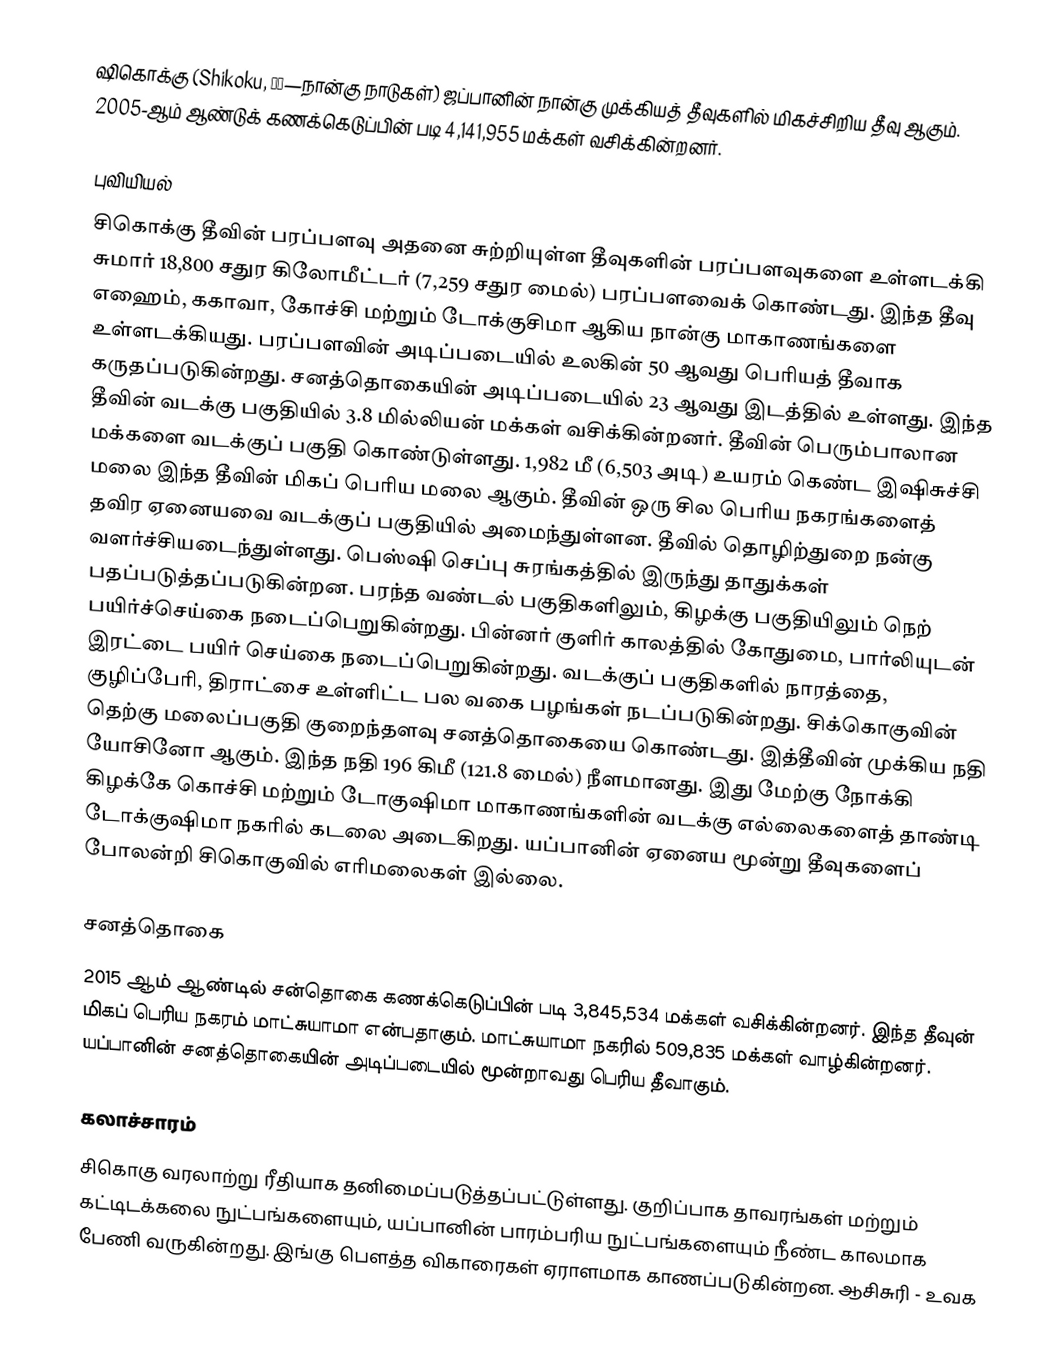
ஷிகொக்கு (Shikoku, 四国—நான்கு நாடுகள்) ஜப்பானின் நான்கு முக்கியத் தீவுகளில் மிகச்சிறிய தீவு ஆகும். 2005-ஆம் ஆண்டுக் கணக்கெடுப்பின் படி 4,141,955 மக்கள் வசிக்கின்றனர்.

புவியியல்
சிகொக்கு தீவின் பரப்பளவு  அதனை சுற்றியுள்ள தீவுகளின் பரப்பளவுகளை உள்ளடக்கி சுமார் 18,800 சதுர கிலோமீட்டர் (7,259 சதுர மைல்) பரப்பளவைக் கொண்டது. இந்த தீவு எஹைம், ககாவா, கோச்சி மற்றும் டோக்குசிமா ஆகிய நான்கு மாகாணங்களை உள்ளடக்கியது. பரப்பளவின் அடிப்படையில் உலகின் 50 ஆவது பெரியத் தீவாக கருதப்படுகின்றது. சனத்தொகையின் அடிப்படையில் 23 ஆவது இடத்தில் உள்ளது. இந்த தீவின் வடக்கு பகுதியில் 3.8 மில்லியன் மக்கள் வசிக்கின்றனர். தீவின் பெரும்பாலான மக்களை வடக்குப் பகுதி கொண்டுள்ளது. 1,982 மீ (6,503 அடி) உயரம் கெண்ட இஷிசுச்சி மலை இந்த தீவின் மிகப் பெரிய மலை ஆகும். தீவின் ஒரு சில பெரிய நகரங்களைத் தவிர ஏனையவை வடக்குப் பகுதியில் அமைந்துள்ளன. தீவில் தொழிற்துறை நன்கு வளர்ச்சியடைந்துள்ளது. பெஸ்ஷி செப்பு சுரங்கத்தில் இருந்து தாதுக்கள் பதப்படுத்தப்படுகின்றன. பரந்த வண்டல் பகுதிகளிலும், கிழக்கு பகுதியிலும் நெற் பயிர்ச்செய்கை நடைப்பெறுகின்றது. பின்னர் குளிர் காலத்தில் கோதுமை, பார்லியுடன் இரட்டை பயிர் செய்கை நடைப்பெறுகின்றது. வடக்குப் பகுதிகளில் நாரத்தை, குழிப்பேரி, திராட்சை உள்ளிட்ட பல வகை பழங்கள் நடப்படுகின்றது. சிக்கொகுவின் தெற்கு மலைப்பகுதி குறைந்தளவு சனத்தொகையை கொண்டது. இத்தீவின் முக்கிய நதி யோசினோ ஆகும். இந்த நதி 196 கிமீ (121.8 மைல்) நீளமானது. இது மேற்கு நோக்கி கிழக்கே கொச்சி மற்றும் டோகுஷிமா மாகாணங்களின் வடக்கு எல்லைகளைத் தாண்டி டோக்குஷிமா நகரில் கடலை அடைகிறது. யப்பானின் ஏனைய மூன்று தீவுகளைப் போலன்றி சிகொகுவில் எரிமலைகள் இல்லை.

சனத்தொகை
2015 ஆம் ஆண்டில் சன்தொகை கணக்கெடுப்பின் படி 3,845,534 மக்கள் வசிக்கின்றனர். இந்த தீவுன் மிகப் பெரிய நகரம் மாட்சுயாமா என்பதாகும். மாட்சுயாமா நகரில் 509,835 மக்கள் வாழ்கின்றனர். யப்பானின் சனத்தொகையின் அடிப்படையில் மூன்றாவது பெரிய தீவாகும்.

கலாச்சாரம்
சிகொகு வரலாற்று ரீதியாக தனிமைப்படுத்தப்பட்டுள்ளது. குறிப்பாக தாவரங்கள் மற்றும் கட்டிடக்கலை நுட்பங்களையும், யப்பானின் பாரம்பரிய நுட்பங்களையும் நீண்ட காலமாக பேணி வருகின்றது. இங்கு பௌத்த விகாரைகள் ஏராளமாக காணப்படுகின்றன. ஆசிசுரி - உவக